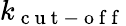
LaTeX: k_{\mathrm{~c~u~t~-~o~f~f~}}